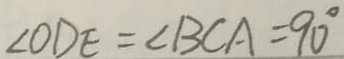
\angle O D E = \angle B C A = 9 0 ^ { \circ }